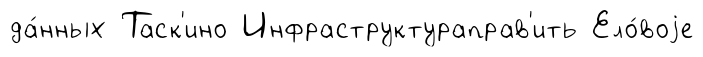
да́нных Таск'ино Инфраструктураправ'ить Ело́воjе